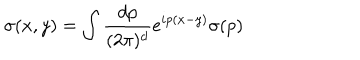
\sigma ( x , y ) = \int { \frac { d p } { ( 2 \pi ) ^ { d } } } e ^ { i p ( x - y ) } \sigma ( p )